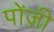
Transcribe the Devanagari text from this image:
पोंज़ी